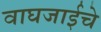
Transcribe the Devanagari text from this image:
वाघजाईचे